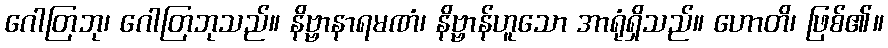
ဂေါတြဘု၊ ဂေါတြဘုသည်။ နိဗ္ဗာနာရမဏံ၊ နိဗ္ဗာန်ဟူသော အာရုံရှိသည်။ ဟောတိ၊ ဖြစ်၏။